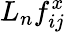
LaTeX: L_{n}f_{ij}^{x}